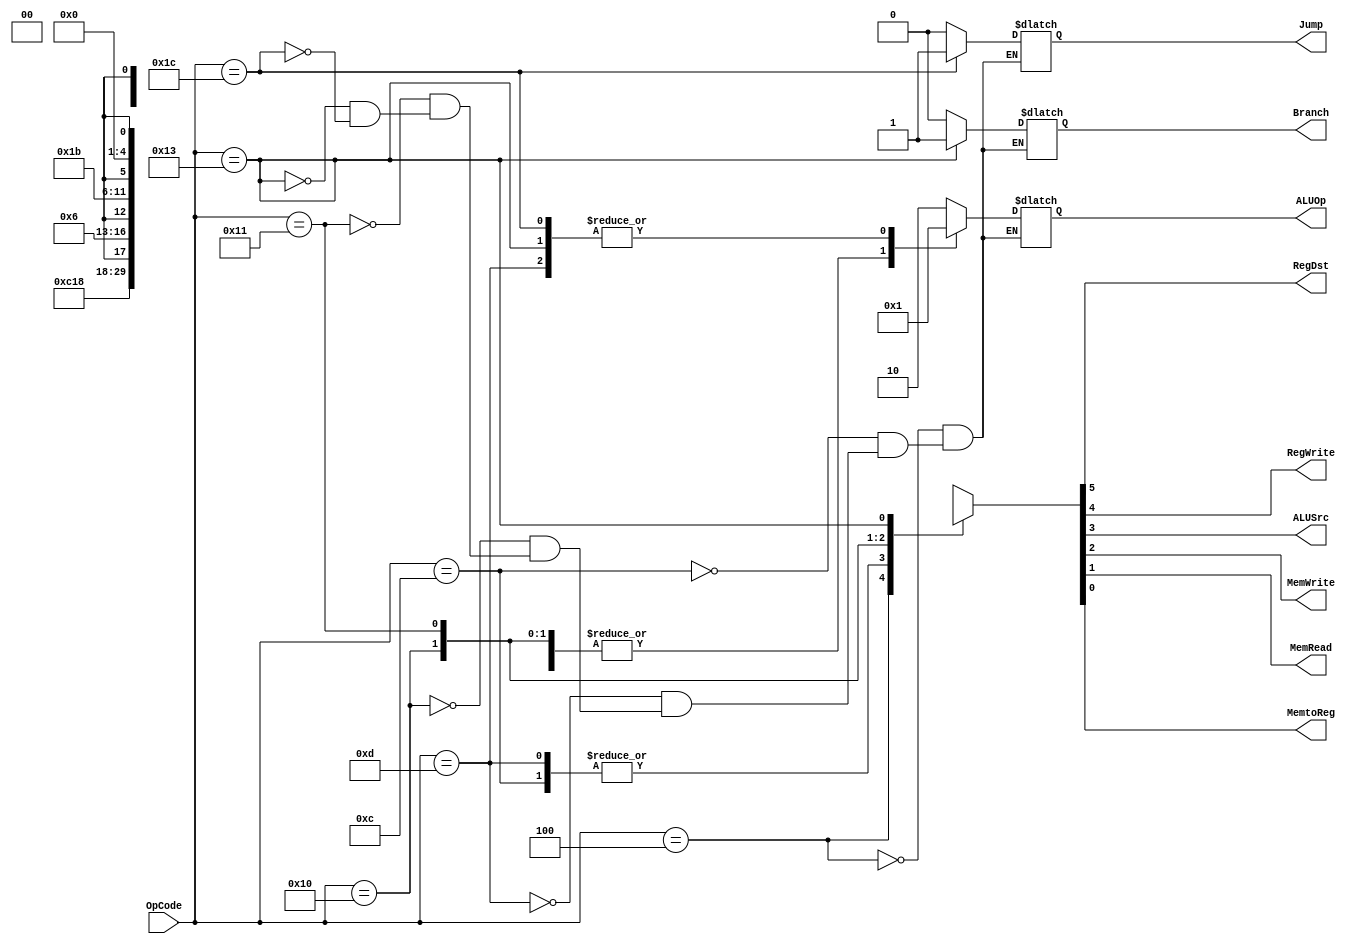
module Control(
	//outputs 
output reg RegDst,
output reg RegWrite,
output reg ALUSrc,
output reg MemWrite,
output reg MemRead,
output reg MemtoReg,
output reg Branch,
output reg Jump,
output reg [1:0]ALUOp,
	//inputs
input [5:0]OpCode
);

always@(*)begin

	case(OpCode)
	6'b000100:begin ALUOp<=2'b10; {RegDst,RegWrite,ALUSrc,MemWrite,MemRead,MemtoReg,Branch,Jump}=8'b110_000_00;end //R-format
	6'b001100:begin ALUOp<=2'b00; {RegDst,RegWrite,ALUSrc,MemWrite,MemRead,MemtoReg,Branch,Jump}=8'b011_000_00;end //addiu
	6'b001101:begin ALUOp<=2'b01; {RegDst,RegWrite,ALUSrc,MemWrite,MemRead,MemtoReg,Branch,Jump}=8'b011_000_00;end //subiu
	6'b010000:begin ALUOp<=2'b00; {RegDst,RegWrite,ALUSrc,MemWrite,MemRead,MemtoReg,Branch,Jump}=8'bx01_10x_00;end //sw
	6'b010001:begin ALUOp<=2'b00; {RegDst,RegWrite,ALUSrc,MemWrite,MemRead,MemtoReg,Branch,Jump}=8'b011_011_00;end //lw
	6'b010011:begin ALUOp<=2'b01; {RegDst,RegWrite,ALUSrc,MemWrite,MemRead,MemtoReg,Branch,Jump}=8'bx00_00x_10;end //beq
	6'b011100:begin ALUOp<=2'b01; {RegDst,RegWrite,ALUSrc,MemWrite,MemRead,MemtoReg,Branch,Jump}=8'bx0x_00x_01;end //jump
	default:begin {RegDst,RegWrite,ALUSrc,MemWrite,MemRead,MemtoReg}=6'bx0x_00x;end
	endcase

end
endmodule